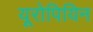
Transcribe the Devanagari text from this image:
यूरोपियिन